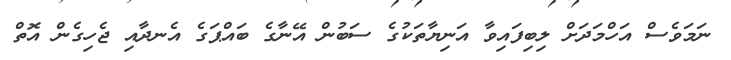
ނަމަވެސް އަހްމަދަށް ލިބިފައިވާ އަނިޔާތަކުގެ ސަބުން އޭނާގެ ބައްޕަގެ އެނދާއި ޖެހިގެން އޮތް